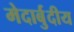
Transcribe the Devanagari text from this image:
मेदार्बुदीय